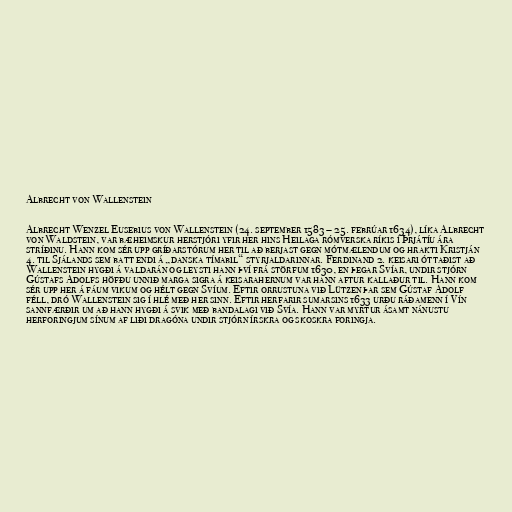
Albrecht von Wallenstein

Albrecht Wenzel Eusebius von Wallenstein (24. september 1583 – 25. febrúar 1634), líka Albrecht
von Waldstein, var bæheimskur herstjóri yfir her hins Heilaga rómverska ríkis í Þrjátíu ára
stríðinu. Hann kom sér upp gríðarstórum her til að berjast gegn mótmælendum og hrakti Kristján
4. til Sjálands sem batt endi á „danska tímabil“ styrjaldarinnar. Ferdinand 2. keisari óttaðist að
Wallenstein hygði á valdarán og leysti hann því frá störfum 1630, en þegar Svíar, undir stjórn
Gústafs Adolfs höfðu unnið marga sigra á keisarahernum var hann aftur kallaður til. Hann kom
sér upp her á fáum vikum og hélt gegn Svíum. Eftir orrustuna við Lützen þar sem Gústaf Adolf
féll, dró Wallenstein sig í hlé með her sinn. Eftir herfarir sumarsins 1633 urðu ráðamenn í Vín
sannfærðir um að hann hygði á svik með bandalagi við Svía. Hann var myrtur ásamt nánustu
herforingjum sínum af liði dragóna undir stjórn írskra og skoskra foringja.